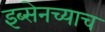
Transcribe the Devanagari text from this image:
इब्सेनच्याच